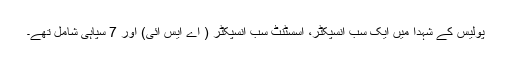
پولیس کے شہدا میں ایک سب انسپکٹر، اسسٹنٹ سب انسپکٹر ( اے ایس آئی) اور 7 سپاہی شامل تھے۔